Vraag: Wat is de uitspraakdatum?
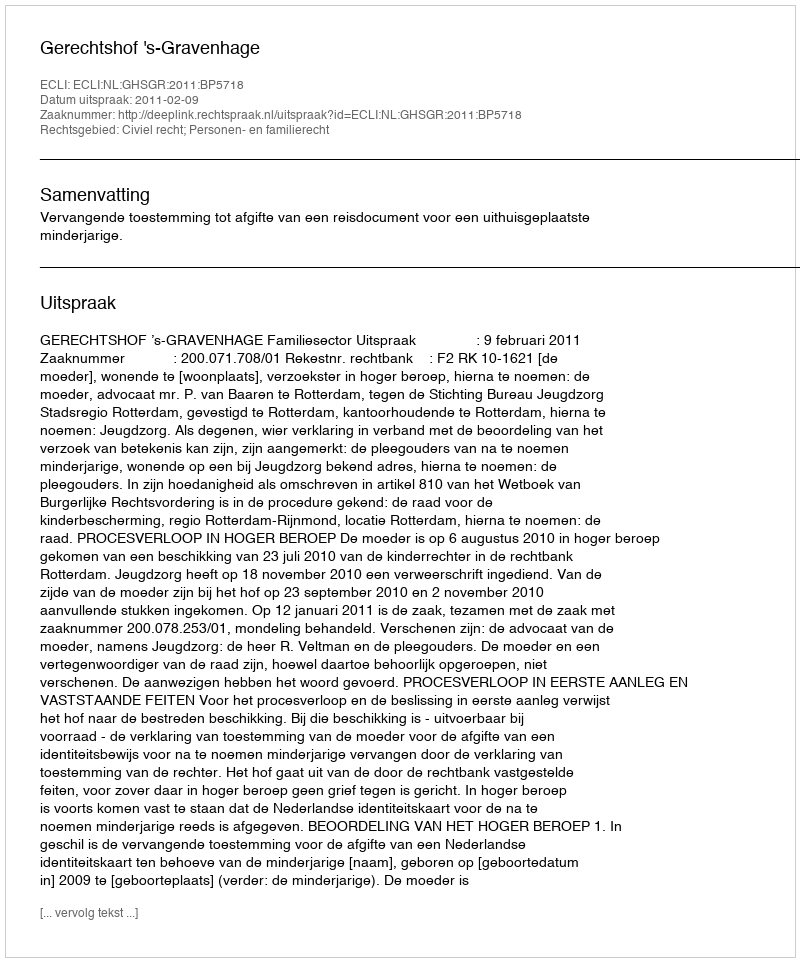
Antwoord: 2011-02-09